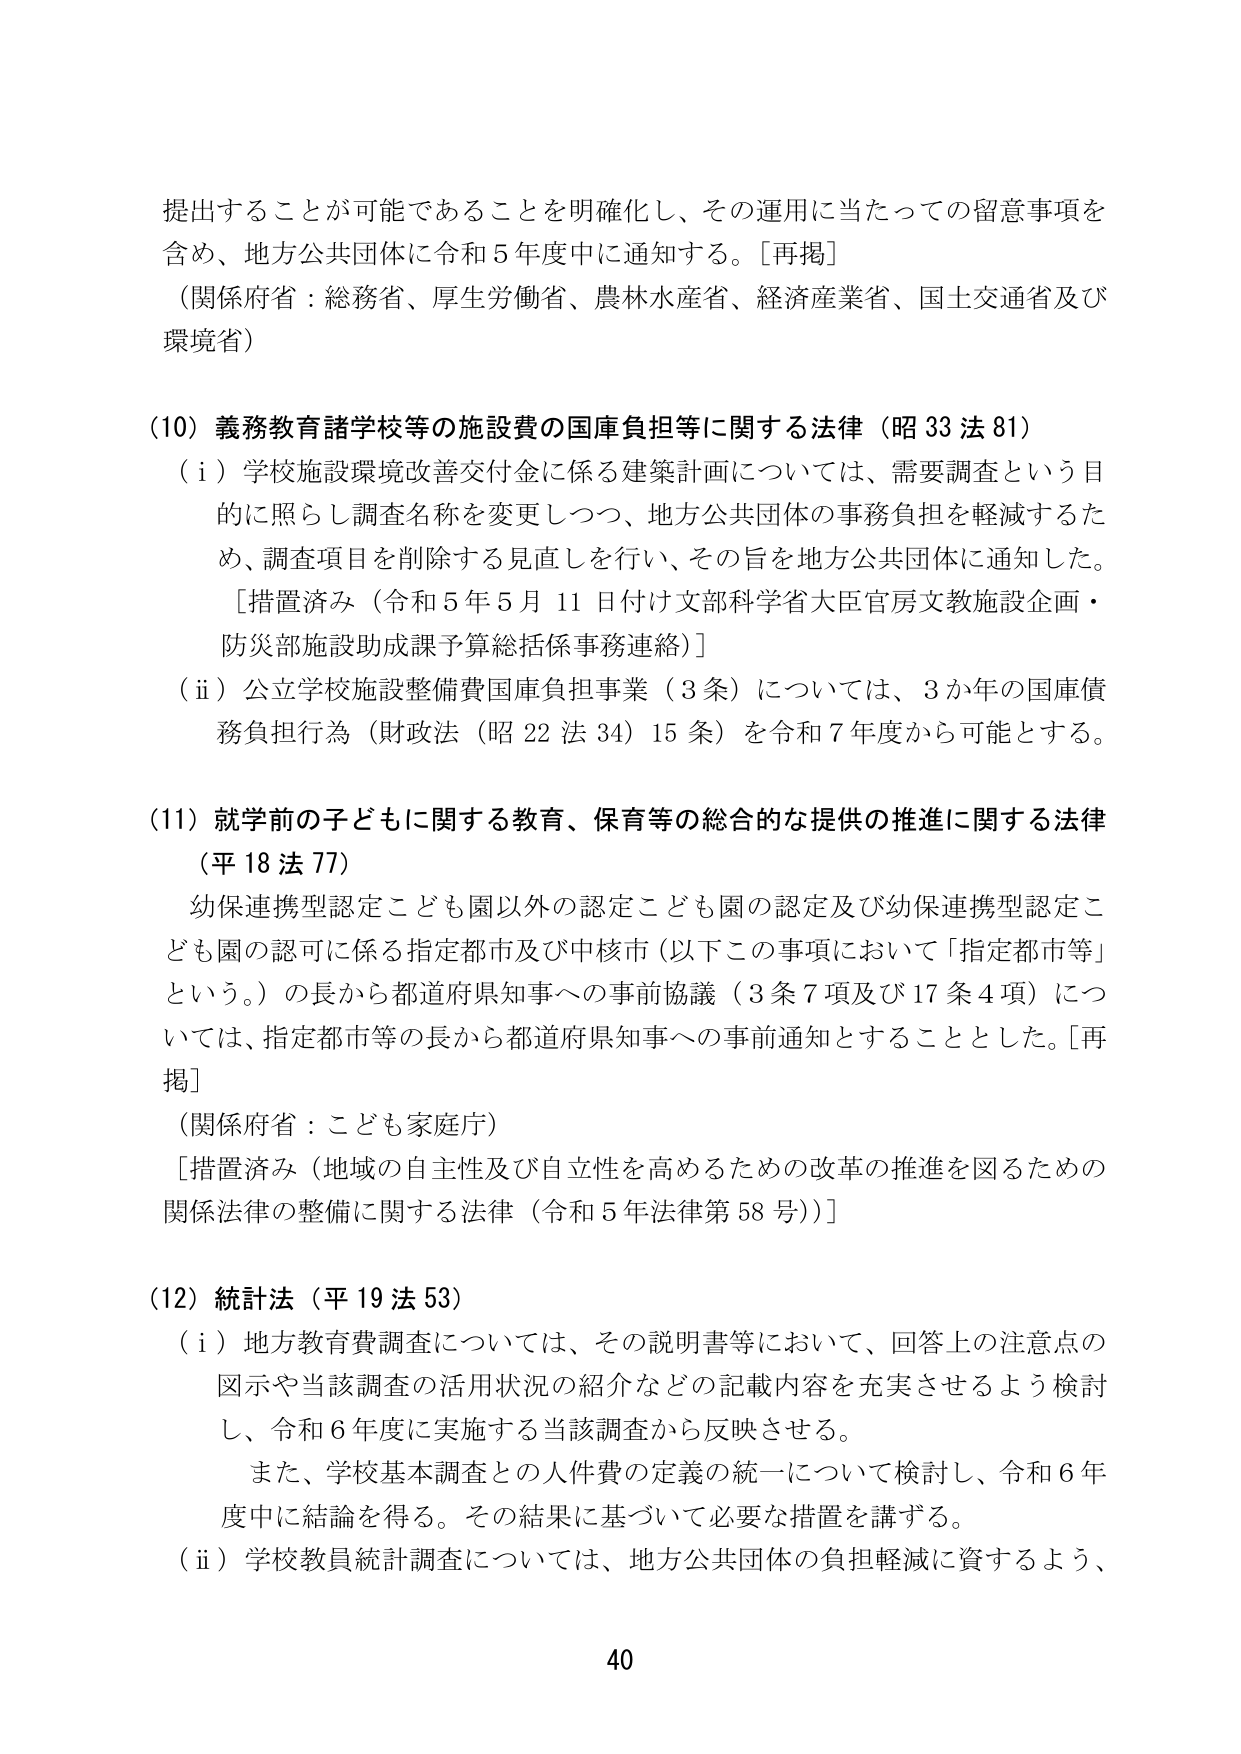
提出することが可能であることを明確化し、その運用に当たっての留意事項を
含め、地方公共団体に令和５年度中に通知する。［再掲］
（関係府省：総務省、厚生労働省、農林水産省、経済産業省、国土交通省及び
環境省）

（10）義務教育諸学校等の施設費の国庫負担等に関する法律（昭33法81）
（ⅰ）学校施設環境改善交付金に係る建築計画については、需要調査という目
的に照らし調査名称を変更しつつ、地方公共団体の事務負担を軽減するた
め、調査項目を削除する見直しを行い、その旨を地方公共団体に通知した。
［措置済み（令和５年５月11日付け文部科学省大臣官房文教施設企画・
防災部施設助成課予算総括係事務連絡）］
（ⅱ）公立学校施設整備費国庫負担事業（3条）については、3か年の国庫債
務負担行為（財政法（昭22法34）15条）を令和7年度から可能とする。

（11）就学前の子どもに関する教育、保育等の総合的な提供の推進に関する法律
（平18法77）
幼保連携型認定こども園以外の認定こども園の認定及び幼保連携型認定こ
ども園の認可に係る指定都市及び中核市（以下この事項において「指定都市等」
という。）の長から都道府県知事への事前協議（3条7項及び17条4項）につ
いては、指定都市等の長から都道府県知事への事前通知とすることとした。［再
掲］
（関係府省：こども家庭庁）
［措置済み（地域の自主性及び自立性を高めるための改革の推進を図るための
関係法律の整備に関する法律（令和5年法律第58号））］

（12）統計法（平19法53）
（ⅰ）地方教育費調査については、その説明書等において、回答上の注意点の
図示や当該調査の活用状況の紹介などの記載内容を充実させるよう検討
し、令和6年度に実施する当該調査から反映させる。
　また、学校基本調査との人件費の定義の統一について検討し、令和6年
度中に結論を得る。その結果に基づいて必要な措置を講ずる。
（ⅱ）学校教員統計調査については、地方公共団体の負担軽減に資するよう、

40